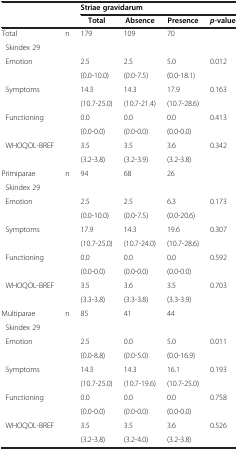
<table><thead><tr><td><b> </b></td><td><b> </b></td><td colspan="4"><b>Striae gravidarum</b></td></tr><tr><td><b> </b></td><td><b> </b></td><td><b>Total</b></td><td><b>Absence</b></td><td><b>Presence</b></td><td><b><i>p</i>-value</b></td></tr></thead><tbody><tr><td>Total</td><td>n</td><td>179</td><td>109</td><td>70</td><td> </td></tr><tr><td> Skindex 29</td><td> </td><td> </td><td> </td><td> </td><td> </td></tr><tr><td> Emotion</td><td> </td><td>2.5</td><td>2.5</td><td>5.0</td><td>0.012</td></tr><tr><td> </td><td> </td><td>(0.0-10.0)</td><td>(0.0-7.5)</td><td>(0.0-18.1)</td><td> </td></tr><tr><td> Symptoms</td><td> </td><td>14.3</td><td>14.3</td><td>17.9</td><td>0.163</td></tr><tr><td> </td><td> </td><td>(10.7-25.0)</td><td>(10.7-21.4)</td><td>(10.7-28.6)</td><td> </td></tr><tr><td> Functioning</td><td> </td><td>0.0</td><td>0.0</td><td>0.0</td><td>0.413</td></tr><tr><td> </td><td> </td><td>(0.0-0.0)</td><td>(0.0-0.0)</td><td>(0.0-0.0)</td><td> </td></tr><tr><td> WHOQOL-BREF</td><td> </td><td>3.5</td><td>3.5</td><td>3.6</td><td>0.342</td></tr><tr><td> </td><td> </td><td>(3.2-3.8)</td><td>(3.2-3.9)</td><td>(3.2-3.8)</td><td> </td></tr><tr><td>Primiparae</td><td>n</td><td>94</td><td>68</td><td>26</td><td> </td></tr><tr><td> Skindex 29</td><td> </td><td> </td><td> </td><td> </td><td> </td></tr><tr><td> Emotion</td><td> </td><td>2.5</td><td>2.5</td><td>6.3</td><td>0.173</td></tr><tr><td> </td><td> </td><td>(0.0-10.0)</td><td>(0.0-7.5)</td><td>(0.0-20.6)</td><td> </td></tr><tr><td> Symptoms</td><td> </td><td>17.9</td><td>14.3</td><td>19.6</td><td>0.307</td></tr><tr><td> </td><td> </td><td>(10.7-25.0)</td><td>(10.7-24.0)</td><td>(10.7-28.6)</td><td> </td></tr><tr><td> Functioning</td><td> </td><td>0.0</td><td>0.0</td><td>0.0</td><td>0.592</td></tr><tr><td> </td><td> </td><td>(0.0-0.0)</td><td>(0.0-0.0)</td><td>(0.0-0.0)</td><td> </td></tr><tr><td> WHOQOL-BREF</td><td> </td><td>3.5</td><td>3.6</td><td>3.5</td><td>0.703</td></tr><tr><td> </td><td> </td><td>(3.3-3.8)</td><td>(3.3-3.8)</td><td>(3.3-3.9)</td><td> </td></tr><tr><td>Multiparae</td><td>n</td><td>85</td><td>41</td><td>44</td><td> </td></tr><tr><td> Skindex 29</td><td> </td><td> </td><td> </td><td> </td><td> </td></tr><tr><td> Emotion</td><td> </td><td>2.5</td><td>0.0</td><td>5.0</td><td>0.011</td></tr><tr><td> </td><td> </td><td>(0.0-8.8)</td><td>(0.0-5.0)</td><td>(0.0-16.9)</td><td> </td></tr><tr><td> Symptoms</td><td> </td><td>14.3</td><td>14.3</td><td>16.1</td><td>0.193</td></tr><tr><td> </td><td> </td><td>(10.7-25.0)</td><td>(10.7-19.6)</td><td>(10.7-25.0)</td><td> </td></tr><tr><td> Functioning</td><td> </td><td>0.0</td><td>0.0</td><td>0.0</td><td>0.758</td></tr><tr><td> </td><td> </td><td>(0.0-0.0)</td><td>(0.0-0.0)</td><td>(0.0-0.0)</td><td> </td></tr><tr><td> WHOQOL-BREF</td><td> </td><td>3.5</td><td>3.5</td><td>3.6</td><td>0.526</td></tr><tr><td> </td><td> </td><td>(3.2-3.8)</td><td>(3.2-4.0)</td><td>(3.2-3.8)</td><td> </td></tr></tbody></table>